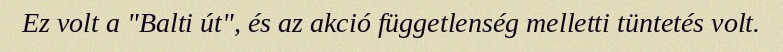
Ez volt a "Balti út", és az akció függetlenség melletti tüntetés volt.